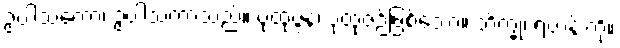
ဥပါသကော၊ ဥပါသကာသည်။ ပုထုဇ္ဇနံ၊ ပုထုဇဉ်ဖြစ်သော။ ဘိက္ခုံ၊ ရဟန်းကို။